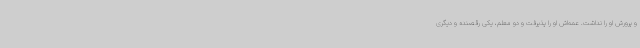
و پرورش او را نداشت. عمه‌اش او را پذیرفت و دو معلم، یکی رقصنده و دیگری